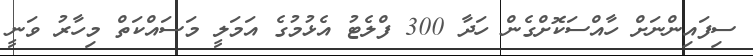
ސިފައިންނަށް ހާއްސަކޮށްގެން ހަދާ 300 ފްލެޓު އެޅުމުގެ އަމަލީ މަސައްކަތް މިހާރު ވަނީ